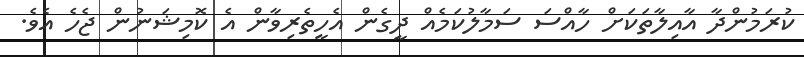
ކުރަމުންދާ އާއިލާތަކަށް ހާއްސަ ސަމާލުކަމެއް ދީގެން އެހީތެރިވާން އެ ކޮމިޝަނުން ޖެހެ އެވެ.